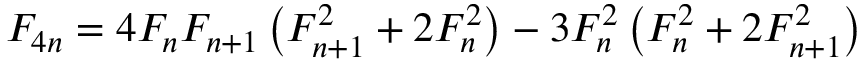
F _ { 4 n } = 4 F _ { n } F _ { n + 1 } \left( F _ { n + 1 } ^ { 2 } + 2 F _ { n } ^ { 2 } \right) - 3 F _ { n } ^ { 2 } \left( F _ { n } ^ { 2 } + 2 F _ { n + 1 } ^ { 2 } \right)